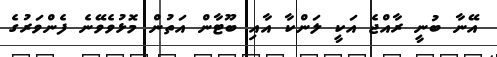
އޭނާ ބުނީ ރާއްޖެ އަކީ ލަންކާ އާއި ބޫޓާން އަތުން މޮޅުވެވޭނެ ފެންވަރުގެ